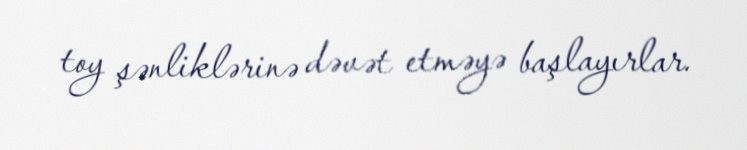
toy şənliklərinə dəvət etməyə başlayırlar.